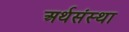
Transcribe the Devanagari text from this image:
अर्थसंस्था